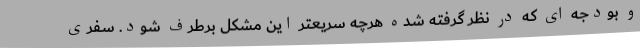
و بودجه ای که در نظر گرفته شده هرچه سریعتر این مشکل برطرف شود. سفری